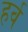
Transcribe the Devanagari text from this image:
हर्व